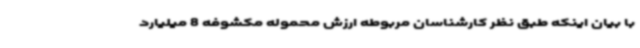
با بیان اینکه طبق نظر کارشناسان مربوطه ارزش محموله مکشوفه 8 میلیارد